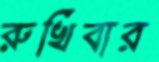
রুখিবার